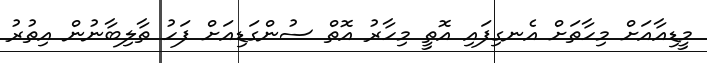
މީޑިއާއަށް މިހާތަށް އެނގިފައި އޮތީ މިހާރު އޮތް ސުންގަޑިއަށް ފަހު ތާލިބާނުން އިތުރު